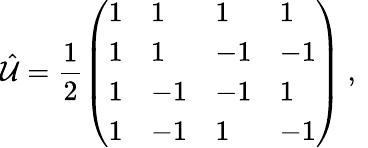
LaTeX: \hat{\mathcal{U}}=\frac{1}{2}\left(\begin{array}{llll}{1}&{1}&{1}&{1}\\ {1}&{1}&{-1}&{-1}\\ {1}&{-1}&{-1}&{1}\\ {1}&{-1}&{1}&{-1}\end{array}\right)\mathrm{~,~}